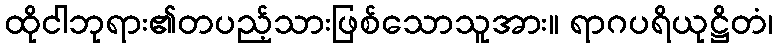
ထိုငါဘုရား၏တပည့်သားဖြစ်သောသူအား။ ရာဂပရိယုဋ္ဌိတံ၊